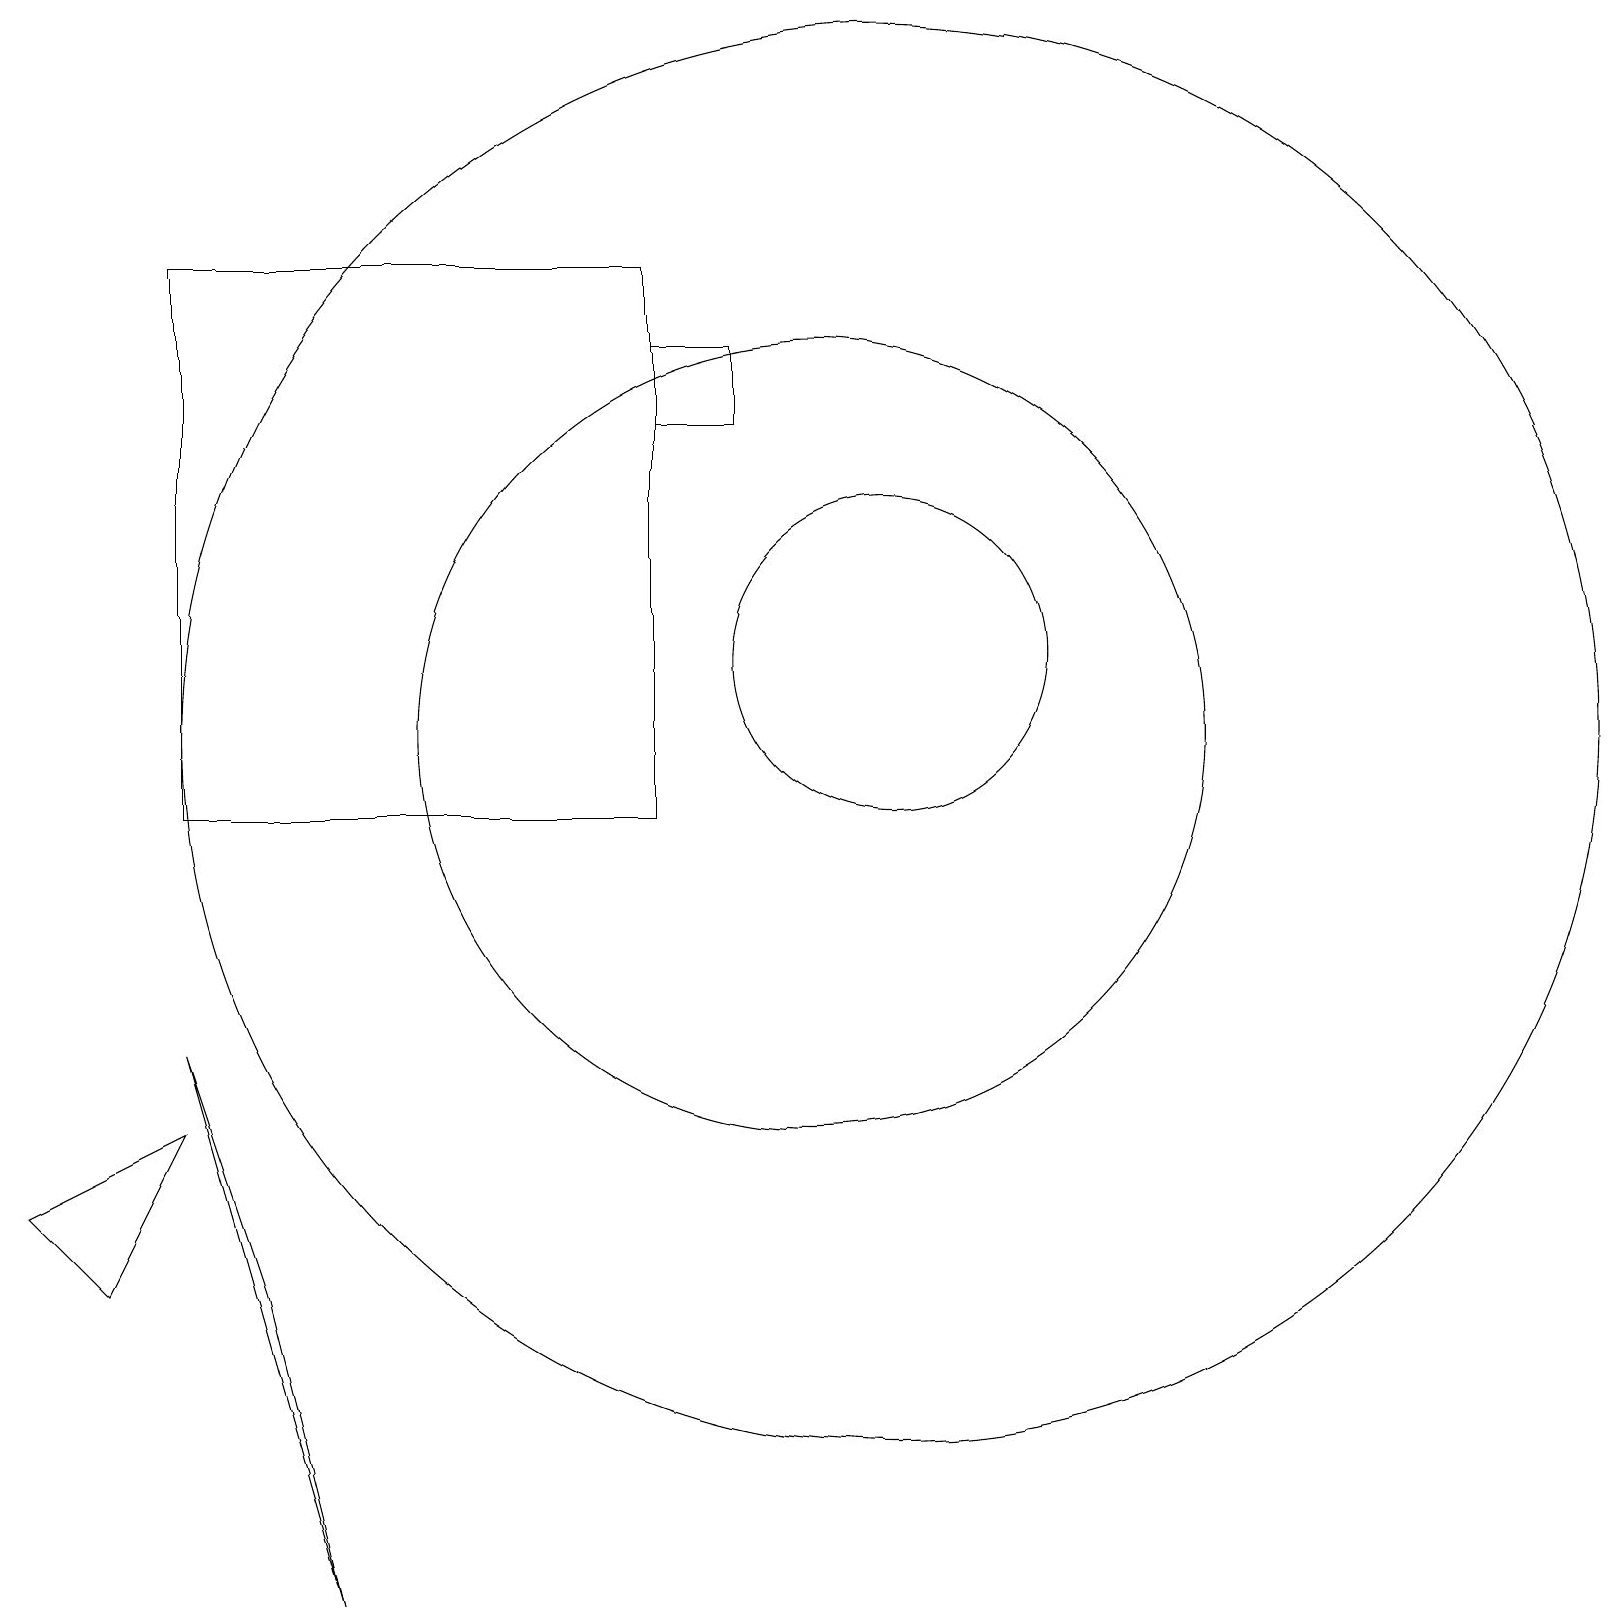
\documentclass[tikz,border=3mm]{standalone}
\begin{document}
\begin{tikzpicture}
\draw (8,10) rectangle (2,17);
\draw (11,12) circle (2);
\draw (11,11) circle (9);
\draw (10,11) circle (5);
\draw (2,6) -- (1,4) -- (0,5) -- cycle;
\draw (2,7) -- (4,0) -- (3,4) -- cycle;
\draw (9,16) rectangle (8,15);
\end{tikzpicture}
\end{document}